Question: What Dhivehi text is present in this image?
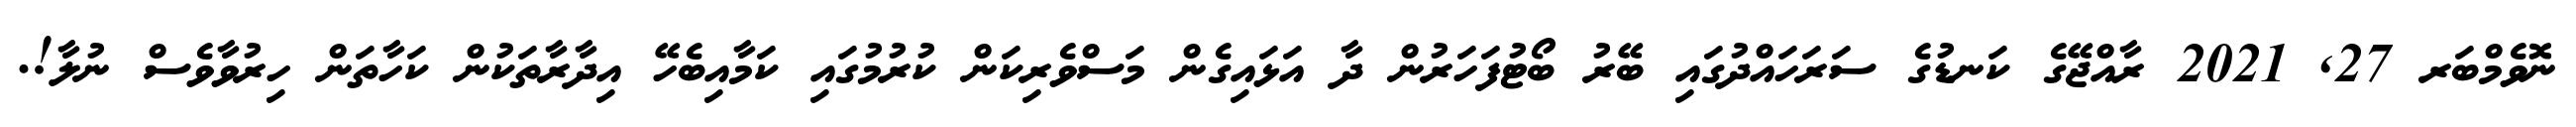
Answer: ނޮވެމްބަރ 27, 2021 ރާއްޖޭގެ ކަނޑުގެ ސަރަހައްދުގައި ބޭރު ބޯޓުފަހަރުން ދާ އަޅައިގެން މަސްވެރިކަން ކުރުމުގައި ކަމާއިބެހޭ އިދާރާތަކުން ކަހާތަން ހިރުވާވެސް ނުލާ!.